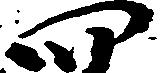
四